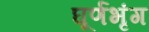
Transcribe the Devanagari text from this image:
घूर्णभृंग